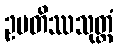
ဥပတိဿသုတ္တံ